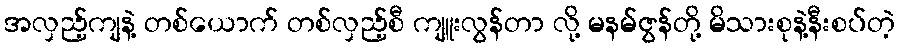
အလှည့်ကျနဲ့ တစ်ယောက် တစ်လှည့်စီ ကျူးလွန်တာ လို့ မနမ်ဇွန်တို့ မိသားစုနဲ့နီးစပ်တဲ့